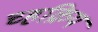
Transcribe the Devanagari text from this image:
च्हक्रिय